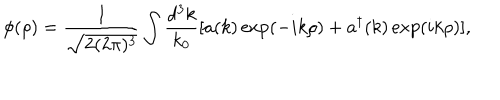
\phi ( \rho ) = \frac { 1 } { \sqrt { 2 ( 2 \pi ) ^ { 3 } } } \int \frac { d ^ { 3 } k } { k _ { 0 } } [ a ( k ) \exp ( - i k \rho ) + a ^ { \dagger } ( k ) \exp ( i k \rho ) ] ,